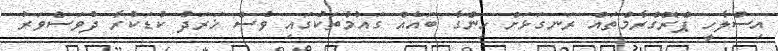
އިސްލާހީ ޕްރޮގްރާމްތައް ރަނގަޅަށް ހިންގާ ބައެއް ގައުމުތަކުގައި ވެސް ޚަރަދު ކުޑަކުރާ ދުވަސްވަރު